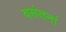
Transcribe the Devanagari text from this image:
वसंतनां